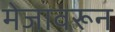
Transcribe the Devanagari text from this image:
मेजावरून